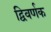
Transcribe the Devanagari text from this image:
द्विवर्णक